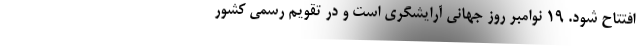
افتتاح شود. ١٩ نوامبر روز جهانی آرایشگری است و در تقویم رسمی کشور